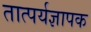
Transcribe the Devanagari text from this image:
तात्पर्यज्ञापक